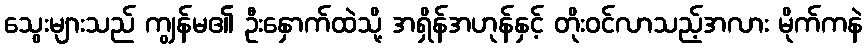
သွေးများသည် ကျွန်မ၏ ဦးနှောက်ထဲသို့ အရှိန်အဟုန်နှင့် တိုးဝင်လာသည့်အလား မိုက်ကနဲ